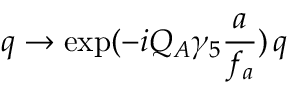
q \rightarrow \exp ( - i Q _ { A } \gamma _ { 5 } \frac { a } { f _ { a } } ) \, q